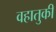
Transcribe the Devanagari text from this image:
वहातुकी